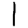
Digit: 1